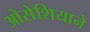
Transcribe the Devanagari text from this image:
ओसेशियाने